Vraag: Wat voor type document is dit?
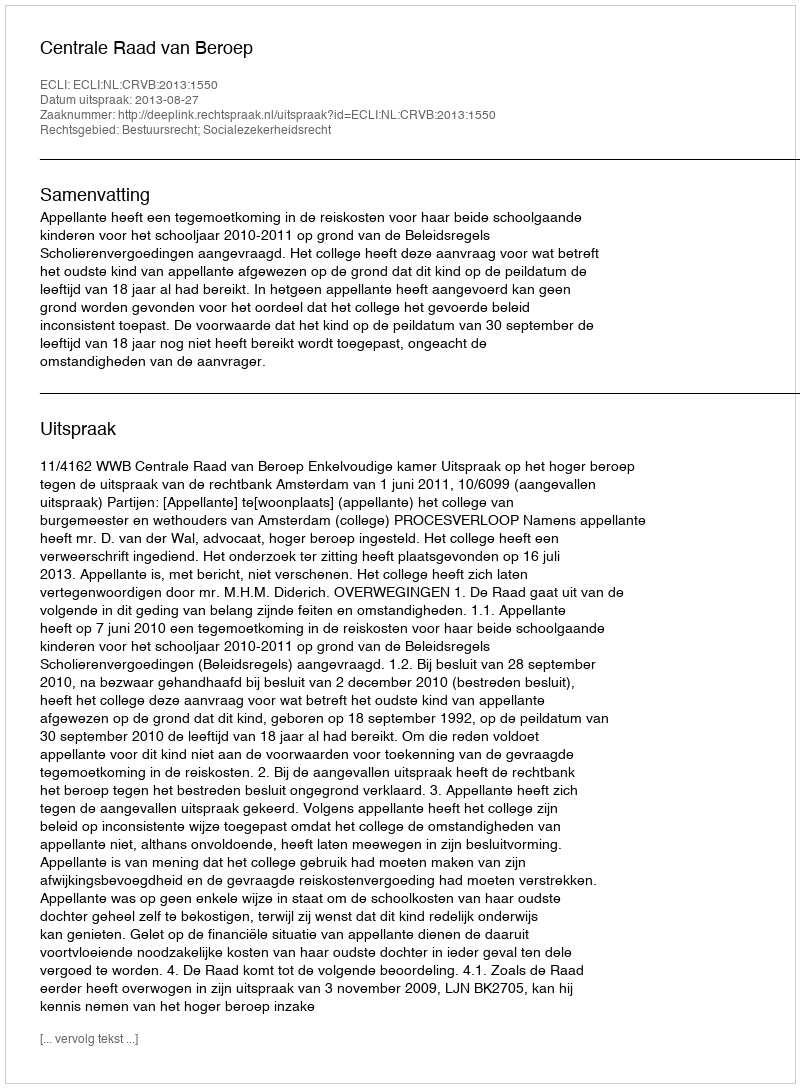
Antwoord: Uitspraak